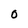
Character: 0